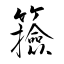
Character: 籡